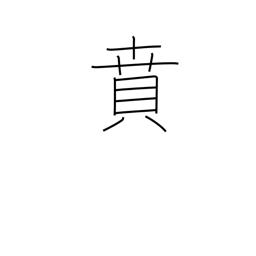
Meaning: decorate